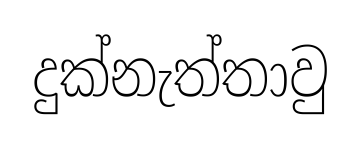
දුක්නැත්තාවු